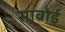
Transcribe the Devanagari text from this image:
सावोई